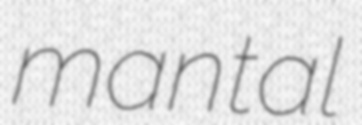
mantal